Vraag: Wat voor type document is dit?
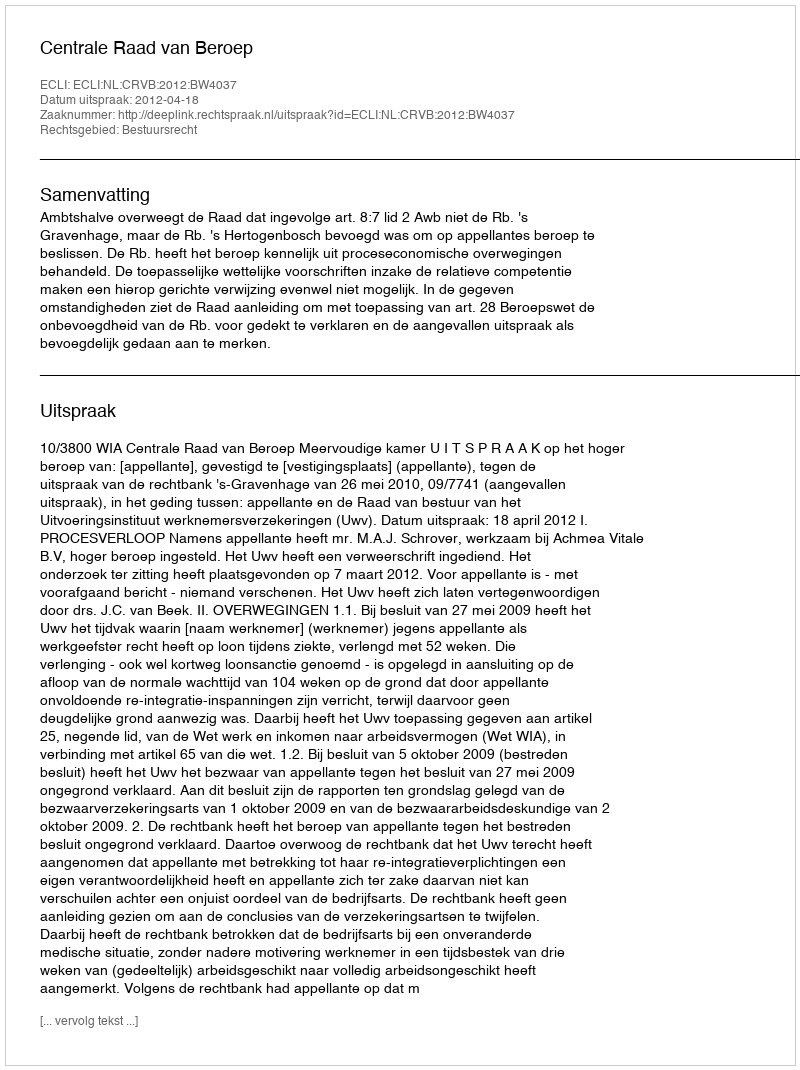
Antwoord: Uitspraak